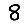
Digit: 8